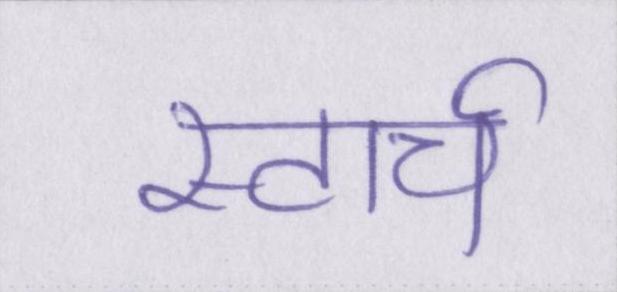
स्टार्च